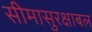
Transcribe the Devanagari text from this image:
सीमासुरक्षाबल